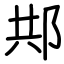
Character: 䢼